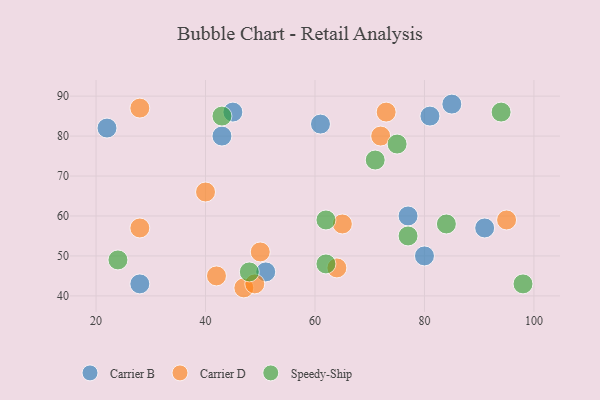
{"axis": {"x": "GDP", "y": "Life Expectancy"}, "legend": ["Carrier B", "Carrier D", "Speedy-Ship"], "data": [{"x": "80", "y": 50, "type": "Carrier B"}, {"x": "91", "y": 57, "type": "Carrier B"}, {"x": "85", "y": 88, "type": "Carrier B"}, {"x": "51", "y": 46, "type": "Carrier B"}, {"x": "77", "y": 60, "type": "Carrier B"}, {"x": "43", "y": 80, "type": "Carrier B"}, {"x": "81", "y": 85, "type": "Carrier B"}, {"x": "22", "y": 82, "type": "Carrier B"}, {"x": "45", "y": 86, "type": "Carrier B"}, {"x": "28", "y": 43, "type": "Carrier B"}, {"x": "61", "y": 83, "type": "Carrier B"}, {"x": "42", "y": 45, "type": "Carrier D"}, {"x": "64", "y": 47, "type": "Carrier D"}, {"x": "28", "y": 87, "type": "Carrier D"}, {"x": "65", "y": 58, "type": "Carrier D"}, {"x": "47", "y": 42, "type": "Carrier D"}, {"x": "72", "y": 80, "type": "Carrier D"}, {"x": "50", "y": 51, "type": "Carrier D"}, {"x": "28", "y": 57, "type": "Carrier D"}, {"x": "49", "y": 43, "type": "Carrier D"}, {"x": "95", "y": 59, "type": "Carrier D"}, {"x": "40", "y": 66, "type": "Carrier D"}, {"x": "73", "y": 86, "type": "Carrier D"}, {"x": "43", "y": 85, "type": "Speedy-Ship"}, {"x": "24", "y": 49, "type": "Speedy-Ship"}, {"x": "71", "y": 74, "type": "Speedy-Ship"}, {"x": "94", "y": 86, "type": "Speedy-Ship"}, {"x": "62", "y": 48, "type": "Speedy-Ship"}, {"x": "48", "y": 46, "type": "Speedy-Ship"}, {"x": "62", "y": 59, "type": "Speedy-Ship"}, {"x": "75", "y": 78, "type": "Speedy-Ship"}, {"x": "84", "y": 58, "type": "Speedy-Ship"}, {"x": "77", "y": 55, "type": "Speedy-Ship"}, {"x": "98", "y": 43, "type": "Speedy-Ship"}]}